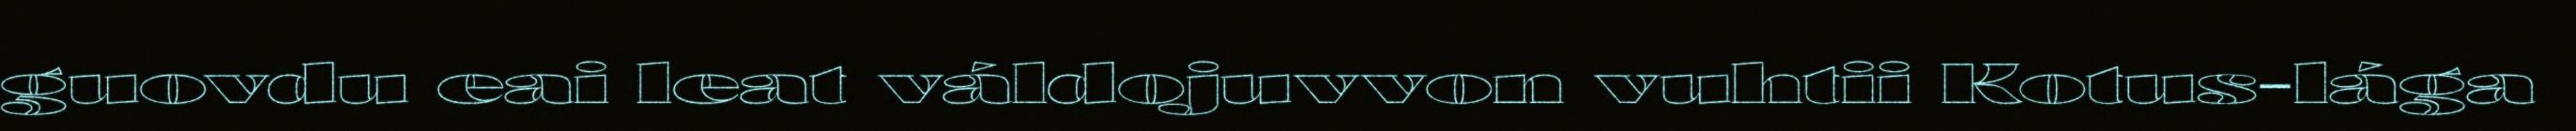
guovdu eai leat váldojuvvon vuhtii Kotus-lága